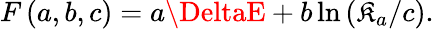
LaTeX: F\left(a,b,c\right)=a\DeltaE+b\ln\left(\mathfrak{K}_{a}/c\right).